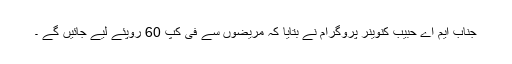
جناب ایم اے حبیب کنوینر پروگرام نے بتایا کہ مریضوں سے فی کپ 60 روپئے لیے جائیں گے ۔